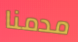
مدمنا